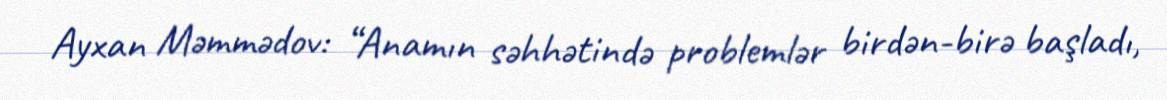
Ayxan Məmmədov: “Anamın səhhətində problemlər birdən-birə başladı,